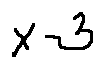
x - 3